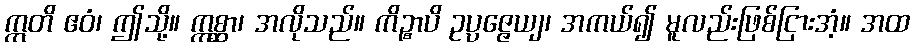
ဣတိ ဧဝံ၊ ဤသို့။ ဣစ္ဆာ၊ အလိုသည်။ ကိဉ္စာပိ ဥပ္ပဇ္ဇေယျ၊ အကယ်၍ မူလည်းဖြစ်ငြားအံ့။ အထ